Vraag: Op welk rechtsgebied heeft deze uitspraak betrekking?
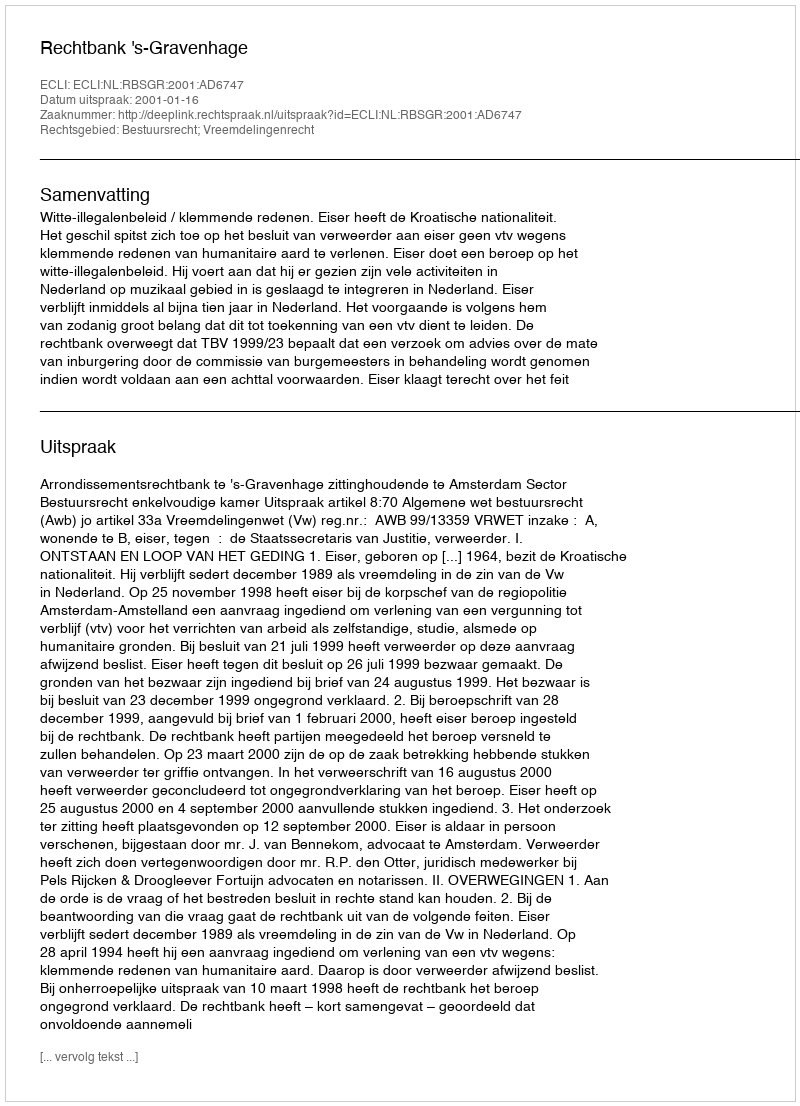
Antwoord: Bestuursrecht; Vreemdelingenrecht